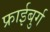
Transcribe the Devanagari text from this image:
फ्राईबुर्ग